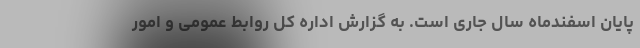
پایان اسفندماه سال جاری است. به گزارش اداره کل روابط عمومی و امور